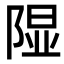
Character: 𫠃